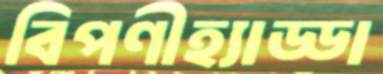
বিপণীহ্যাড্ডা